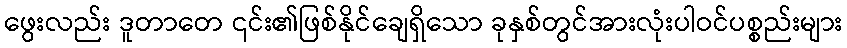
ဖွေးလည်း ဒူတာတေ ၎င်း၏ဖြစ်နိုင်ချေရှိသော ခုနှစ်တွင်အားလုံးပါဝင်ပစ္စည်းများ